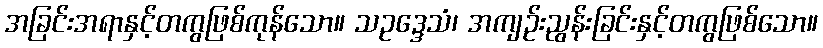
အခြင်းအရာနှင့်တကွဖြစ်ကုန်သော။ သဥဒ္ဒေသံ၊ အကျဉ်းညွန်းခြင်းနှင့်တကွဖြစ်သော။